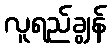
လူရည်ချွန်